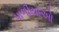
પાળીયાઓ